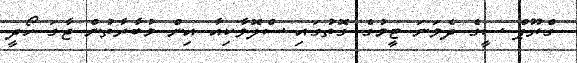
ގްރޫޕް ސީގެ ދެވަނަ ޓީމުގެ ގޮތުގައި ސްލޮވާކިއާ އިން މުބާރާތުން ޖާގަ ހޯދީ